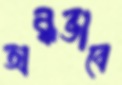
অন্ধভাবে